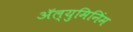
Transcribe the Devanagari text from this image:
ॲल्युमिनिंम